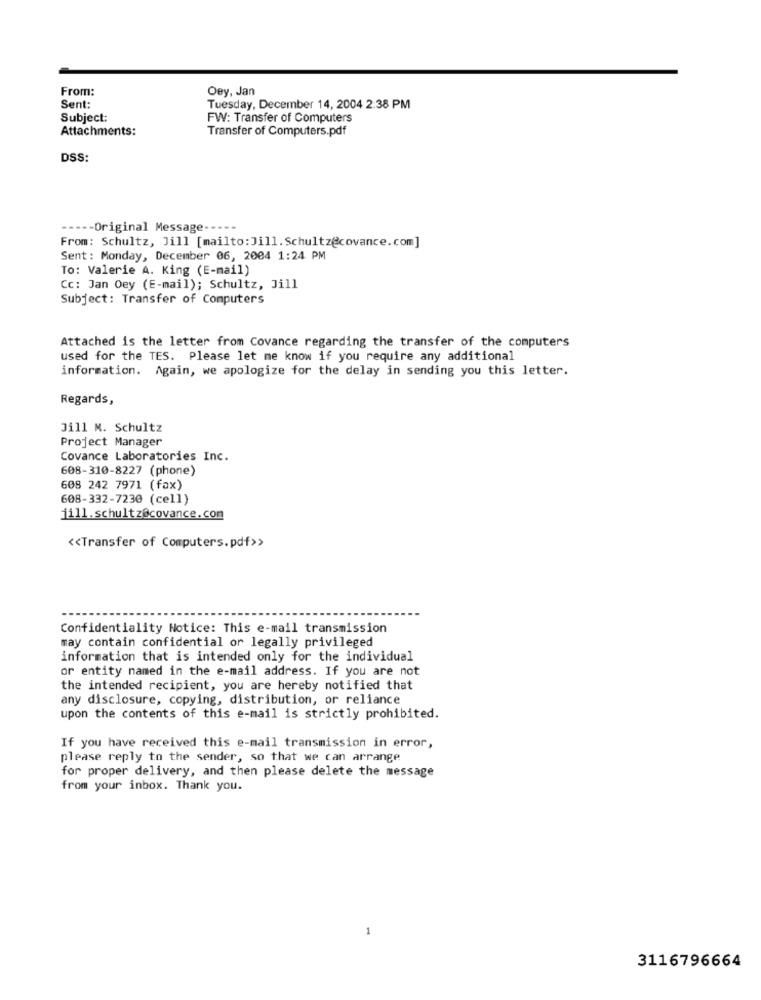
From:
Oey, Jan
Sent:
Tuesday, December 14, 2004 2:38 PM
Subject:
FW: Transfer of Computers
Attachments:
Transfer of Computers.pdf
DSS:
----- Original Message -----
From: Schultz, Jill [mailto: Jill. Schultz@covance.com]
Sent: Monday, December 06, 2004 1:24 PM
To: Valerie A. King (E-mail)
Cc: Jan Oey (E-mail); Schultz, Jill
Subject: Transfer of Computers
Attached is the letter from Covance regarding the transfer of the computers
used for the TES. Please let me know if you require any additional
information. Again, we apologize for the delay in sending you this letter.
Regards,
Jill M. Schultz
Project Manager
Covance Laboratories Inc.
608-310-8227 (phone)
608 242 7971 (fax)
608-332-7230 (cell)
jill.schultz@covance.com
<< Transfer of Computers.pdf>>
Confidentiality Notice: This e-mail transmission
may contain confidential or legally privileged
information that is intended only for the individual
or entity named in the e-mail address. If you are not
the intended recipient, you are hereby notified that
any disclosure, copying, distribution, or reliance
upon the contents of this e-mail is strictly prohibited.
If you have received this e-mail transmission in error,
please reply to the sender, so that we can arrange
for proper delivery, and then please delete the message
from your inbox. Thank you.
-
3116796664